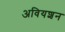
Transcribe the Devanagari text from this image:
अवियशन